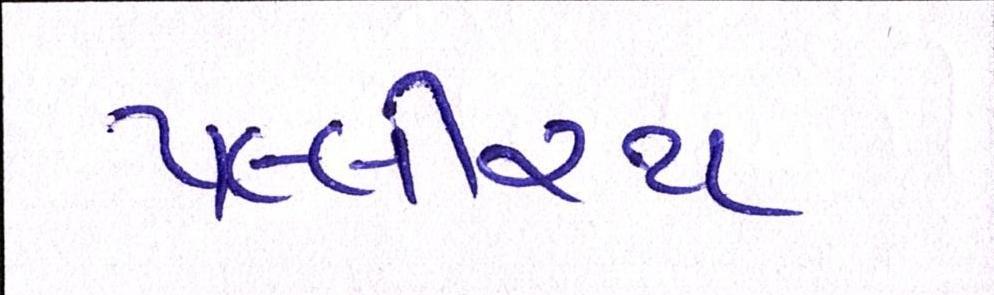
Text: પલ્લીરથ